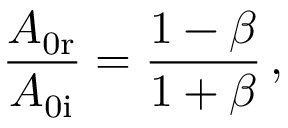
\frac { A _ { \mathrm { 0 r } } } { A _ { \mathrm { 0 i } } } = \frac { 1 - \beta } { 1 + \beta } \, ,